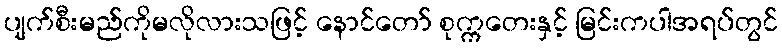
ပျက်စီးမည်ကိုမလိုလားသဖြင့် နောင်တော် စုက္ကတေးနှင့် မြင်းကပါအရပ်တွင်